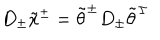
LaTeX: D _ { \pm } \tilde { x } ^ { \pm } = \tilde { \theta } ^ { \pm } D _ { \pm } \tilde { \theta } ^ { \pm }